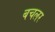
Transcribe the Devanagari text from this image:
बचलर